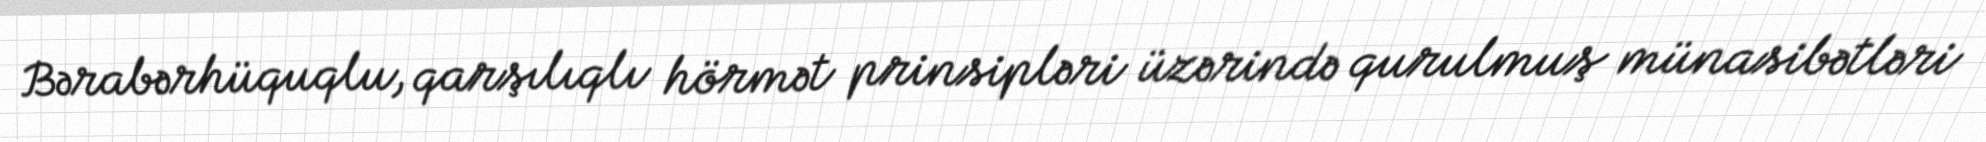
Bərabərhüquqlu, qarşılıqlı hörmət prinsipləri üzərində qurulmuş münasibətləri